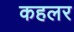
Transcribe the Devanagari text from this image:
कहलर